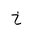
Letter: _kha